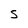
Character: 5